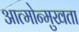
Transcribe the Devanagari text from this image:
आत्मोन्मुखता